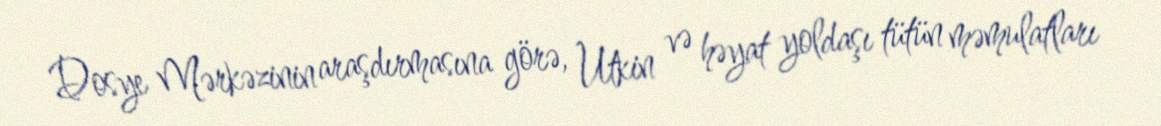
Dosye Mərkəzinin araşdırmasına görə, Utkin və həyat yoldaşı tütün məmulatları